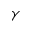
\gamma